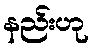
နည်းဟု